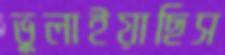
ভুলাইয়াছিস